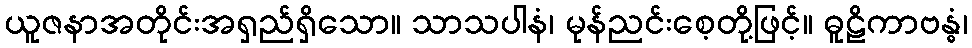
ယူဇနာအတိုင်းအရှည်ရှိသော။ သာသပါနံ၊ မုန်ညင်းစေ့တို့ဖြင့်။ ဓူဠိကာဗန္ဓံ၊